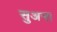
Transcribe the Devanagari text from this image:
सुअना